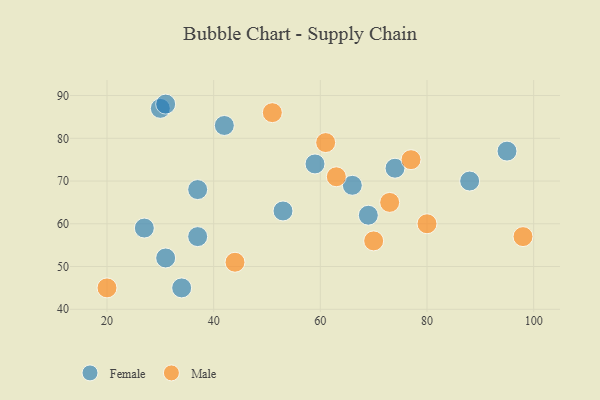
{"axis": {"x": "GDP", "y": "Life Expectancy"}, "legend": ["Female", "Male"], "data": [{"x": "30", "y": 87, "type": "Female"}, {"x": "42", "y": 83, "type": "Female"}, {"x": "95", "y": 77, "type": "Female"}, {"x": "74", "y": 73, "type": "Female"}, {"x": "37", "y": 57, "type": "Female"}, {"x": "69", "y": 62, "type": "Female"}, {"x": "34", "y": 45, "type": "Female"}, {"x": "59", "y": 74, "type": "Female"}, {"x": "88", "y": 70, "type": "Female"}, {"x": "66", "y": 69, "type": "Female"}, {"x": "37", "y": 68, "type": "Female"}, {"x": "31", "y": 52, "type": "Female"}, {"x": "31", "y": 88, "type": "Female"}, {"x": "53", "y": 63, "type": "Female"}, {"x": "27", "y": 59, "type": "Female"}, {"x": "44", "y": 51, "type": "Male"}, {"x": "98", "y": 57, "type": "Male"}, {"x": "73", "y": 65, "type": "Male"}, {"x": "61", "y": 79, "type": "Male"}, {"x": "70", "y": 56, "type": "Male"}, {"x": "77", "y": 75, "type": "Male"}, {"x": "20", "y": 45, "type": "Male"}, {"x": "80", "y": 60, "type": "Male"}, {"x": "51", "y": 86, "type": "Male"}, {"x": "63", "y": 71, "type": "Male"}]}